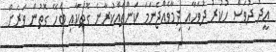
ޢީދު ދުވަސް ހުކުރު ދުވަހާއި ދިމާވެއްޖެނަމަ ކަންތައްކުރާނެ ގޮތަކާއި ބެހޭ ގޮތުން ވަރަށް